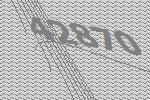
42870